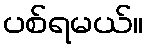
ပစ်ရမယ်။